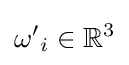
{\omega '}_{i}\in \mathbb {R} ^{3}